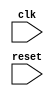
module behavioral_model (
    input wire clk,
    input wire reset,
    // Other input/output ports here
);

// Declare reg and wire signals here

always @(posedge clk or negedge reset)
begin

    // Define behavior and functionality of the circuit/module here

end

endmodule